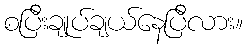
စပြီးချုပ်ချယ်နေပြီလား။